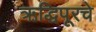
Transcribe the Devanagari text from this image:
ऋद्धिपूरचे